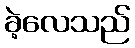
ခဲ့လေသည်